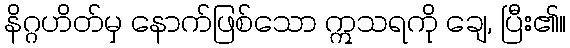
နိဂ္ဂဟိတ်မှ နောက်ဖြစ်သော ဣသရကို ချေ, ပြီး၏။